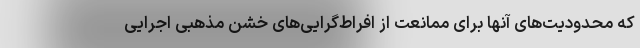
که محدودیت‌های آنها برای ممانعت از افراط‌‌گرایی‌های خشن مذهبی اجرایی